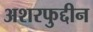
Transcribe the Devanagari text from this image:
अशरफुद्दीन